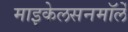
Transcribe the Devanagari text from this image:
माइकेलसनमॉर्ले